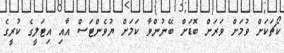
ކޯޗަކަށް ވުމަށް ވަރަށް ބޮޑަށް ބޭނުންވާ ކަމަށް ޔުވެންޓަސް އާއި އިޓަލީގެ ކުރީގެ